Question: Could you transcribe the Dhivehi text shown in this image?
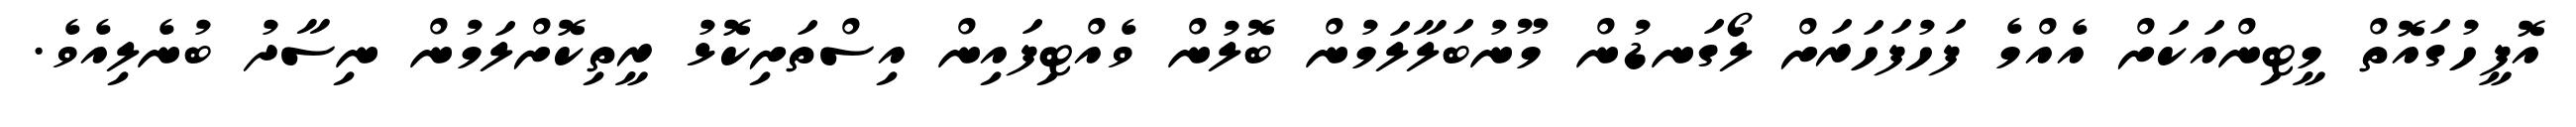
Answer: އޮފީހުގައޮތް މީޓިންއަކަށް އެއްމެ ފަހުފަހަރަށް ލޯގަނޑުން މޫނުބަލާލަމުން ބޮލުން ވެއްޓިފައިން އިސްތަށިކޮޅު ރީތިކޮށްލަމުން ނިސާދު ބުނެލިއެވެ.